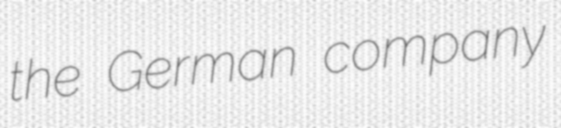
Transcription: the German company